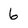
Character: 6